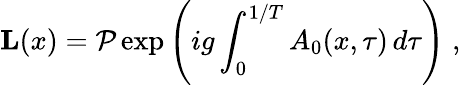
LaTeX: {\mathbf L}(x)={\cal P}\exp\left(ig\int_{0}^{1/T}A_{0}(x,\tau)\, d\tau\right)\; ,